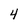
Character: 4